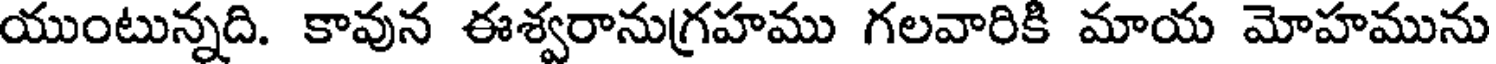
యుంటున్నది. కావున ఈశ్వరానుగ్రహము గలవారికి మాయ మోహమును